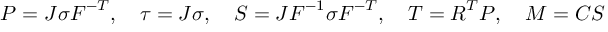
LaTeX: { \boldsymbol { P } } = J { \boldsymbol { \sigma } } { \boldsymbol { F } } ^ { - T } , \quad { \boldsymbol { \tau } } = J { \boldsymbol { \sigma } } , \quad { \boldsymbol { S } } = J { \boldsymbol { F } } ^ { - 1 } { \boldsymbol { \sigma } } { \boldsymbol { F } } ^ { - T } , \quad { \boldsymbol { T } } = { \boldsymbol { R } } ^ { T } { \boldsymbol { P } } , \quad { \boldsymbol { M } } = { \boldsymbol { C } } { \boldsymbol { S } }